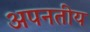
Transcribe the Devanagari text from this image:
अपनतीय